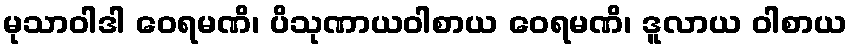
မုသာဝါဒါ ဝေရမဏိ၊ ပိသုဏာယဝါစာယ ဝေရမဏိ၊ ဒူလာယ ဝါစာယ